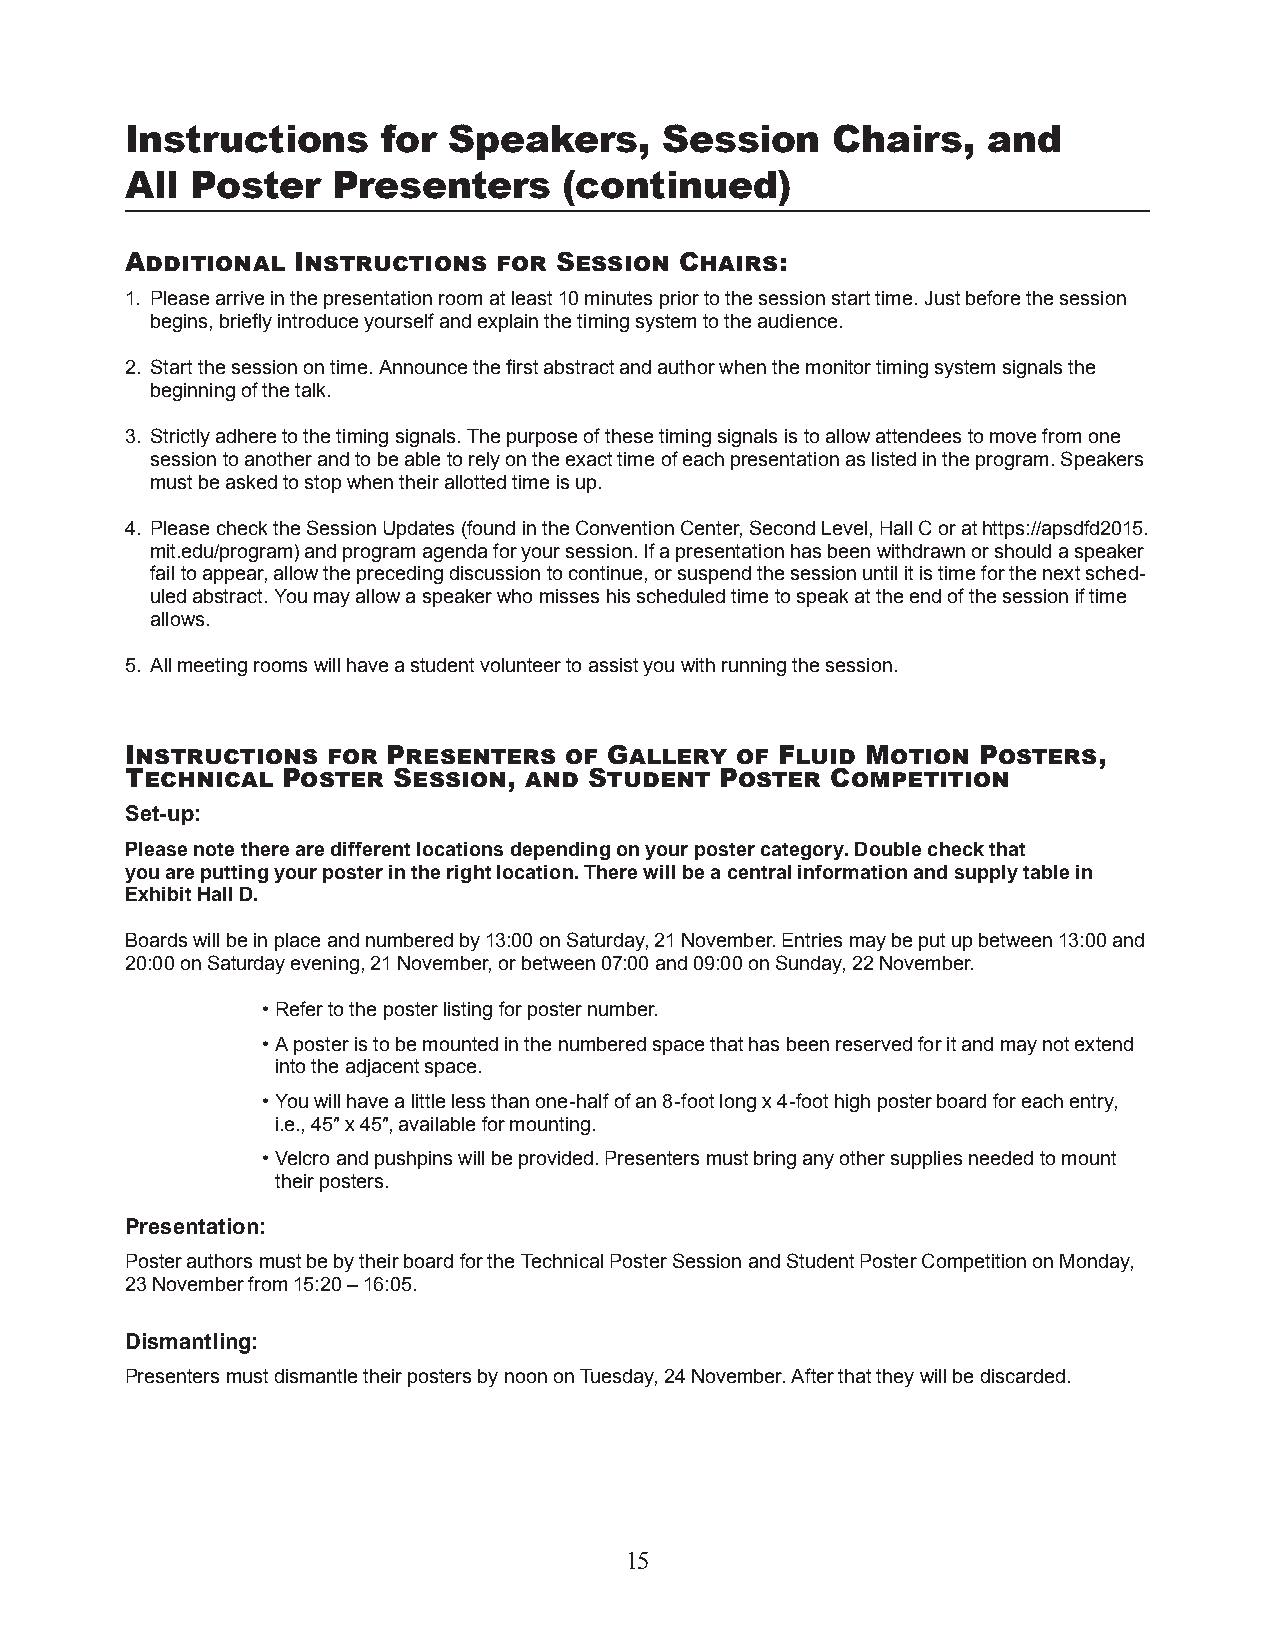
Instructions     for  Speakers,     Session    Chairs,   and
 All  Poster   Presenters     (continued)
 Additional Instructions  for Session Chairs:
 1. Please arrive in the presentation room at least 10 minutes prior to the session start time. Just before the session
 begins, briefly introduce yourself and explain the timing system to the audience.
 2. Start the session on time. Announce the first abstract and author when the monitor timing system s ignals the
 beginning of the talk.
 3. Strictly adhere to the timing signals. The purpose of these timing signals is to allow attendees to move from one
 session to another and to be able to rely on the exact time of each presentation as listed in the program. Speakers
 must be asked to stop when their allotted time is up.
 4. Please check the Session Updates (found in the Convention Center, Second Level, Hall C or at https://apsdfd2015.
 mit.edu/program) and program agenda for your session. If a presentation has been withdrawn or should a speaker
 fail to appear, allow the preceding discussion to continue, or suspend the session until it is time for the next sched-
 uled abstract. You may allow a speaker who misses his scheduled time to speak at the end of the session if time
 allows.
 5. All meeting rooms will have a student volunteer to assist you with running the session.
 Instructions  for Presenters of Gallery  of Fluid Motion Posters,
 Technical  Poster Session, and Student  Poster Competition
 Set-up:
 Please note there are different locations depending on your poster category. Double check that
 you are putting your poster in the right location. There will be a central information and supply table in
 Exhibit Hall D.
 Boards will be in place and numbered by 13:00 on Saturday, 21 November. Entries may be put up between 13:00 and
 20:00 on Saturday evening, 21 November, or between 07:00 and 09:00 on Sunday, 22 November.
 • Refer to the poster listing for poster number.
 • A poster is to be mounted in the numbered space that has been reserved for it and may not extend
 into the adjacent space.
 • You will have a little less than one-half of an 8-foot long x 4-foot high poster board for each entry,
 i.e., 45″ x 45″, available for mounting.
 • Velcro and pushpins will be provided. Presenters must bring any other supplies needed to mount
 their posters.
 Presentation:
 Poster authors must be by their board for the Technical Poster Session and Student Poster Competition on Monday,
 23 November from 15:20 – 16:05.
 Dismantling:
 Presenters must dismantle their posters by noon on Tuesday, 24 November. After that they will be d iscarded.
 15